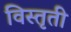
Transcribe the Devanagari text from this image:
विस्तृती